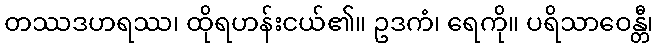
တဿဒဟရဿ၊ ထိုရဟန်းငယ်၏။ ဥဒကံ၊ ရေကို။ ပရိသာဝေန္တီ၊